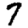
Digit: 7